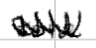
Text: zone
Cross-out: zig-zag
Writing tool: digital_black